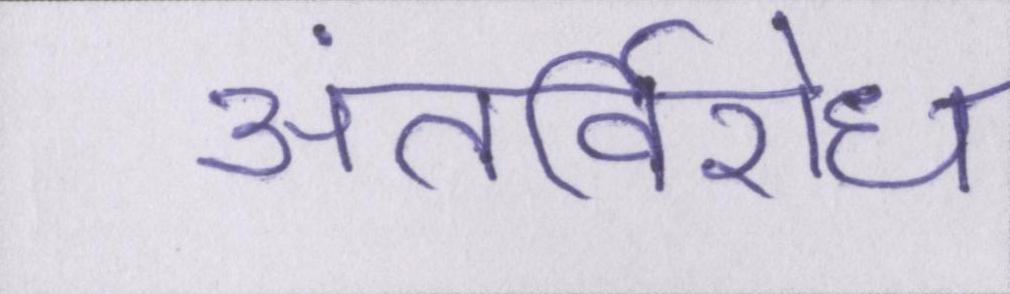
अंतर्विरोध